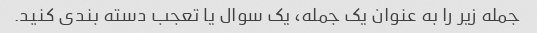
جمله زیر را به عنوان یک جمله، یک سوال یا تعجب دسته بندی کنید.